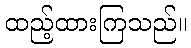
ထည့်ထားကြသည်။